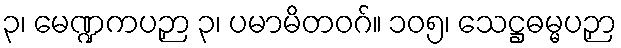
၃၊ မေဏ္ဍကပဉှာ ၃၊ ပမာမိတဝဂ်။ ၁၀၅၊ သေဋ္ဌဓမ္မပဉှာ